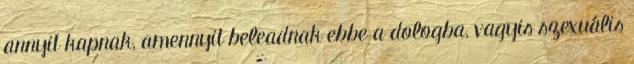
annyit kapnak, amennyit beleadnak ebbe a dologba, vagyis szexuális